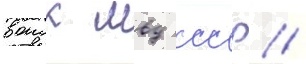
воиск мвд ссср /